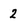
Character: 2